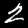
Label: 2